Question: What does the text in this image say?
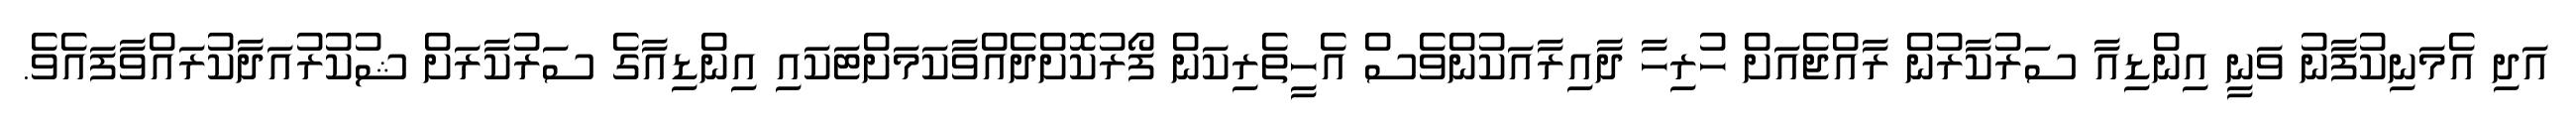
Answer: އަދި އެމަނިކުފާނު ވަނީ އިންޑިއާ ސަރުކާރުން ރާއްޖެއަށް ހުރިހާ ދާއިރާއަކުންވެސް އެހީތެރިކަން ފޯރުކޮށްދެއްވާކަމަށްޓަކައި އިންޑިއާގެ ސަރުކާރަށް ޝުކުރުއަދާކުރައްވާފައެވެ.